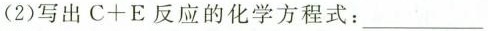
(2)写出$$C + E$$反应的化学方程式：___